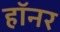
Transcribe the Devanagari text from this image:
हॉनर